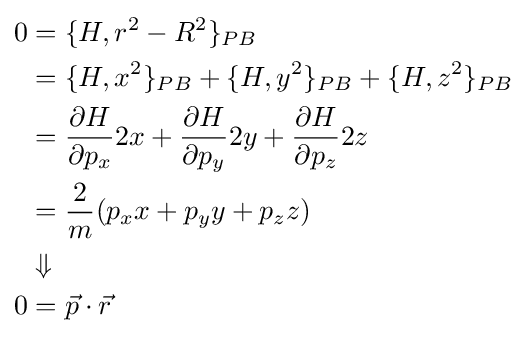
{\begin{aligned}0&=\{H,r^{2}-R^{2}\}_{PB}\\&=\{H,x^{2}\}_{PB}+\{H,y^{2}\}_{PB}+\{H,z^{2}\}_{PB}\\&={\frac {\partial H}{\partial p_{x}}}2x+{\frac {\partial H}{\partial p_{y}}}2y+{\frac {\partial H}{\partial p_{z}}}2z\\&={\frac {2}{m}}(p_{x}x+p_{y}y+p_{z}z)\\&\Downarrow \\0&={\vec {p}}\cdot {\vec {r}}\end{aligned}}